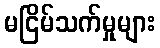
မငြိမ်သက်မှုများ